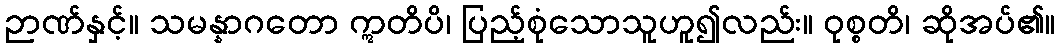
ဉာဏ်နှင့်။ သမန္နာဂတော ဣတိပိ၊ ပြည့်စုံသောသူဟူ၍လည်း။ ဝုစ္စတိ၊ ဆိုအပ်၏။